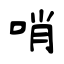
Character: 哨